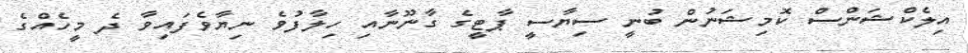
އިލެކްޝަންސް ކޮމިޝަނުން ބުނީ ސިޔާސީ ޕާޓީގެ ގާނޫނާއި ހިލާފުވެ ނިޔާވެފައިވާ ދެ މީހެއްގެ